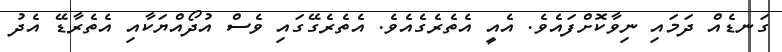
ގަނޑެއް ދަމައި ނިވާކޮށްފައެވެ. އެއީ އެތެރެގެއެވެ. އެތެރެގޭގައި ވެސް އުދޯއްޔަކާއި އެތެރާޑޭ އެދު